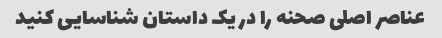
عناصر اصلی صحنه را در یک داستان شناسایی کنید